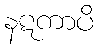
နဋကာပိ